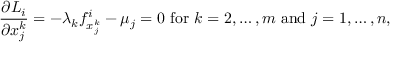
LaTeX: { \frac { \partial L _ { i } } { \partial x _ { j } ^ { k } } } = - \lambda _ { k } f _ { x _ { j } ^ { k } } ^ { i } - \mu _ { j } = 0 { \mathrm { ~ f o r ~ } } k = 2 , \ldots , m { \mathrm { ~ a n d ~ } } j = 1 , \ldots , n ,